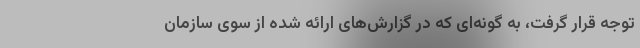
توجه قرار گرفت، به گونه‌ای که در گزارش‌های ارائه شده از سوی سازمان